Lunatic asylums United Provinces 1899-1908 - 1899-1908
Year: 1899
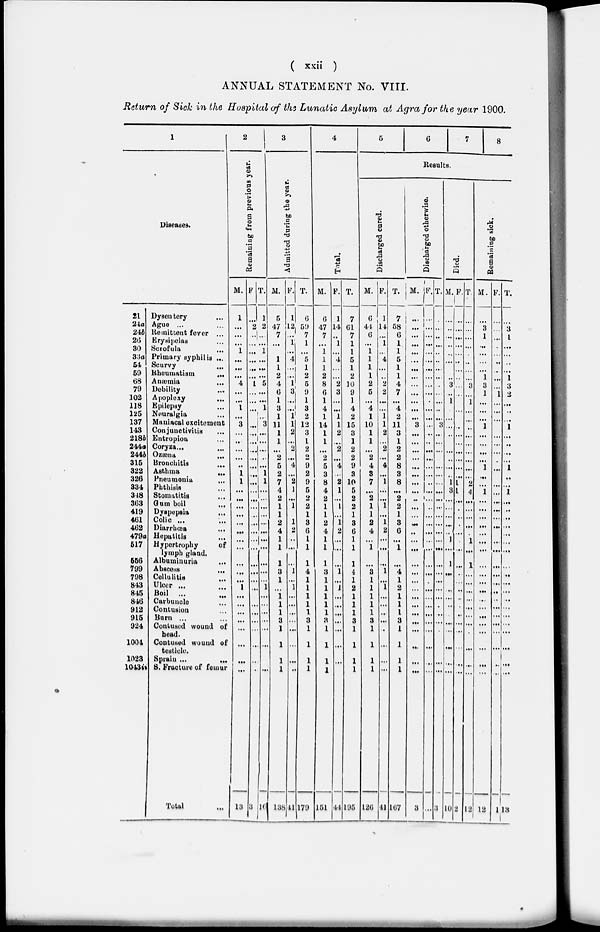
( xxii )
ANNUAL STATEMENT No. VIII.
Return of Sick in the Hospital of the Lunatic Asylum at Agra for the year 1900.
1
Diseases.
21
24a
24b
26
30
33a
54
59
68
79
102
118
125
137
143
218b
244a
244b
315
322
326
334
348
363
419
461
462
479a
517
556
799
798
843
845
846
912
915
924
1004
1023
1043ii
Dysentery …
Ague ... …
Remittent fever ...
Erysipelas …
Scrofula …
Primary syphilis ...
Seurvy …
Rheumatism
...
Anæmia …
Debility …
Apoplexy …
Epilepsy …
Neuralgia …
Maniacal excitement
Conjunctivitis …
Entropion …
Coryza ...
Ozæna …
Bronchitis …
Asthma …
Pneumonia …
Phthisis …
Stomatitis …
Gum boil…
Dyspepsia …
Colic ... …
Diarrhœa …
Hepatitis…
Hypertrophy
of
lymph gland.
Albuminuria …
Abscess …
Cellulitis …
Ulcer ... …
Boil ... …
Carbuncle …
Contusion …
Burn ... …
Contused wound of
head.
Contused wound of
testicle.
Sprain ... …
S. Fracture of femur
Total …
2
Remaining from previous year.
M.
1
...
…
…
1
…
…
...
4
…
…
1
…
3
…
…
…
…
..
1
1
…
…
...
…
…
…
…
…
…
…
…
1
…
…
…
…
...
…
…
...
13
F.
…
2
…
…
…
…
…
…
1
…
…
…
…
…
…
…
…
…
…
…
…
…
…
…
…
…
…
…
…
…
…
…
…
…
…
…
…
…
…
…
…
3
T.
1
2
…
…
1
...
…
…
5
…
…
1
…
3
…
…
…
…
…
1
1
…
…
…
…
…
…
…
…
…
…
…
…
…
…
…
…
…
…
…
…
16
3
Admitted during the year.
M.
5
47
7
…
…
1
1
2
4
6
1
3
1
11
1
1
…
2
5
2
7
4
2
…
…
2
4
1
1
1
3
1
…
1
1
1
3
1
1
1
1
138
F.
1
12
…
1
…
4
...
…
1
3
…
… 1
1
2
…
2
…
4
…
2
1
…
1
…
1
2
…
…
…
1
…
1
…
…
…
…
...
…
...
…
41
T.
6
59
7
1
…
5
1
2
5
9
1
3
2
12
3
1
2
2
9
2
9
5
2
2
1
3
6
1
1
1
4
1
1
1
1
1
3
1
1
1
1
179
4
Total.
M.
6
47
7
…
1
1
1
2
8
6
1
4
1
14
1
1
…
2
5
3
8
4
2
1
1
2
4
1
1
1
3
1
1
1
1
1
1
1
1
1
1
151
F.
1
14
…
1
…
4
…
…
2
3
…
...
1
1
2
…
2
…
4
…
2
1
…
1
…
1
2
…
…
…
1
…
1
…
...
…
...
...
…
…
44
T.
7
61
7
1
1
5
1
2
10
9
1
4
2
15
3
1
2
2
9
3
10
5
2
2
1
3
6
1
1
1
4
1
2
1
1
1
3
1
1
1
1
195
5
6
7
8
Results.
Discharged cured.
M.
6
44
6
…
1
1
1
1
2
5
…
4
1
10
1
1
…
2
4
3
7
…
2
1
1
2
4
…
1
…
3
1
1
1
1
1
3
1
1
1
1
126
F.
1
14
…
1
…
4
…
…
2
2
…
… 1
1
2
…
2
…
4
…
1
…
...
1
…
1
2
…
…
…
1
…
1
…
…
…
…
…
…
…
…
41
T.
7
58
6
1
1
5
1
1
4
7
…
4
2
11
3
1
2
2
8
3
8
...
2
2
1
3
6
…
1
…
4
1
2
1
1
1
3
1
1
1
1
167
Discharged otherwise.
M.
…
…
…
…
…
…
…
…
…
…
…
...
…
3
…
…
…
…
…
…
…
…
…
…
…
…
…
…
…
…
…
…
…
…
…
…
...
...
...
…
…
3
F.
…
…
…
…
…
…
…
…
…
…
…
...
…
…
…
…
…
…
…
…
…
...
…
…
…
…
...
…
…
…
…
...
…
…
…
…
...
...
...
…
…
…
T.
…
…
…
…
…
…
…
…
…
…
…
…
…
3
…
…
…
…
…
…
…
…
…
…
…
…
…
…
…
…
…
…
…
…
…
…
…
…
…
…
…
3
Died.
M.
…
…
…
…
…
…
…
…
3
…
1
…
…
…
…
…
…
…
…
…
1
3
…
…
…
…
…
…
1
1
…
…
…
…
…
…
…
...
…
…
…
10
F.
…
…
…
…
…
…
…
…
…
…
…
…
...
…
…
…
…
…
…
…
1
1
…
…
…
…
…
…
…
…
…
…
...
…
…
…
…
...
…
…
…
2
T.
…
…
…
...
...
…
…
…
3
…
1
…
…
...
…
...
…
…
…
…
2
4
…
…
…
…
...
…
1
1
…
...
...
…
…
…
...
…
…
…
…
12
Remaining sick.
M.
…
3
1
…
…
…
…
1
3
1
…
…
…
1
…
…
…
…
1
…
…
1 …
…
…
…
…
…
...
…
…
...
...
…
…
…
…
...
...
…
…
12
F.
…
…
…
…
…
…
…
…
…
1
…
…
...
…
…
...
…
…
…
...
…
…
...
…
...
…
…
…
...
...
...
…
…
...
...
...
...
…
…
1
T.
…
3
1
…
…
…
…
1
3
2
…
…
…
1
…
...
…
…
1
…
…
1 …
…
…
…
...
…
...
…
...
…
...
…
…
...
...
...
...
…
...
13